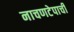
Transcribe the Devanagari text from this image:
नाचणटेपाची